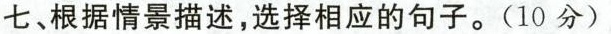
七、根据情景描述，选择相应的句子。(10分)